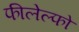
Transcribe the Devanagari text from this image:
फीलेल्फो